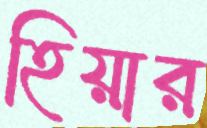
হিয়ার